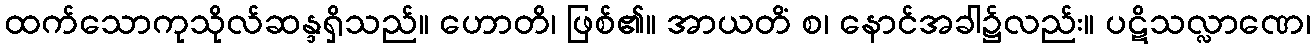
ထက်သောကုသိုလ်ဆန္ဒရှိသည်။ ဟောတိ၊ ဖြစ်၏။ အာယတိံ စ၊ နောင်အခါ၌လည်း။ ပဋိသလ္လာဏေ၊